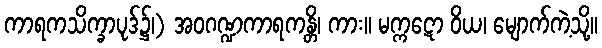
ကာရကသိက္ခာပုဒ်၌၊) အဝဂဏ္ဍကာရကန္တိ၊ ကား။ မက္ကဋော ဝိယ၊ မျောက်ကဲ့သို့။